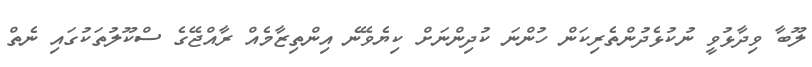
ލޫބާ ވިދާޅުވީ ނުކުޅެދުންތެރިކަން ހުންނަ ކުދިންނަށް ކިޔެވޭނެ އިންތިޒާމެއް ރާއްޖޭގެ ސްކޫލުތަކުގައި ނެތް